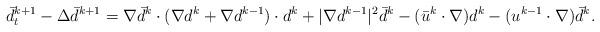
LaTeX: \begin{align*}\bar{d}^{k+1}_t-\Delta \bar{d}^{k+1}=\nabla \bar{d}^k \cdot (\nabla d^k+\nabla d^{k-1})\cdot d^k+|\nabla d^{k-1}|^2 \bar{d}^k -(\bar{u}^k \cdot \nabla) d^k-(u^{k-1}\cdot \nabla)\bar{d}^k.\end{align*}